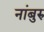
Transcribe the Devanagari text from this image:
नांबुरु